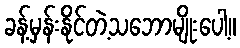
ခန့်မှန်းနိုင်တဲ့သဘောမျိုးပေါ့။